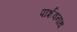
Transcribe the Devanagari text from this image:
पार्शवनाथ